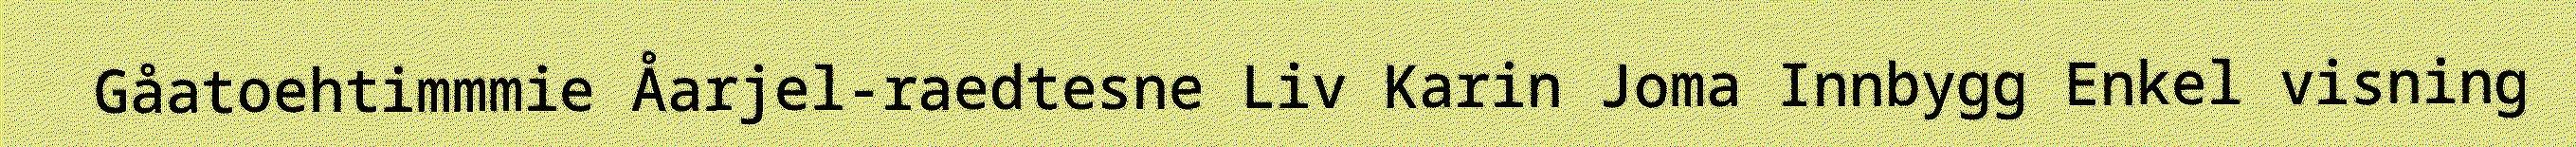
Gåatoehtimmmie Åarjel-raedtesne Liv Karin Joma Innbygg Enkel visning